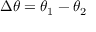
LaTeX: \Delta \theta = \theta _ { 1 } - \theta _ { 2 }